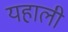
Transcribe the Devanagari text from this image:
यहाली